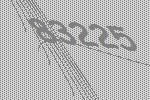
83225